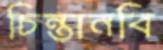
চিন্তানবি